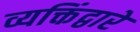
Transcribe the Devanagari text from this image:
व्यक्तिंद्वारे